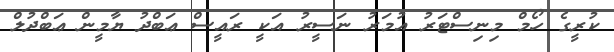
ކުރީގެ ހޯމް މިނިސްޓަރު އުމަރު ނަސީރު އަކީ ރައީސް ޢަބްދު ޔާމީން ޢަބްދުލް